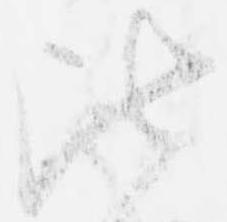
比